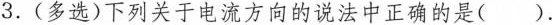
3.(多选)下列关于电流方向的说法中正确的是( ).